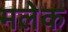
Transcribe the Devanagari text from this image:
मलेक